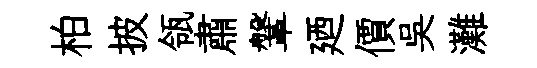
柏披瓴肅鞶廼價吳灘